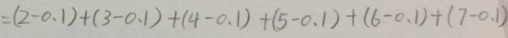
= ( 2 - 0 . 1 ) + ( 3 - 0 . 1 ) + ( 4 - 0 . 1 ) + ( 5 - 0 . 1 ) + ( 6 - 0 . 4 ) + ( 7 - 0 . 1 )